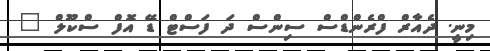
މިނީ. ދެއާރް ފްރެންޑްސް ސިންސް ދަ ފަސްޓް ޑޭ އޮފް ސްކޫލް "